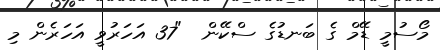
މޯސުމީ ޑޭމް ގެ ބަނޑުގެ ސްކޭން  "37 އަހަރުވީ އަހަރެން މި